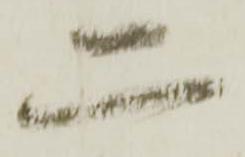
二